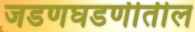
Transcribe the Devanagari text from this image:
जडणघडणीतील